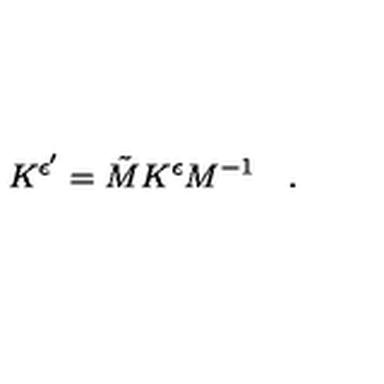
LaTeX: K ^ { \epsilon ^ { \prime } } = \tilde { M } K ^ { \epsilon } M ^ { - 1 } \quad .